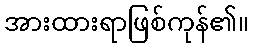
အားထားရာဖြစ်ကုန်၏။